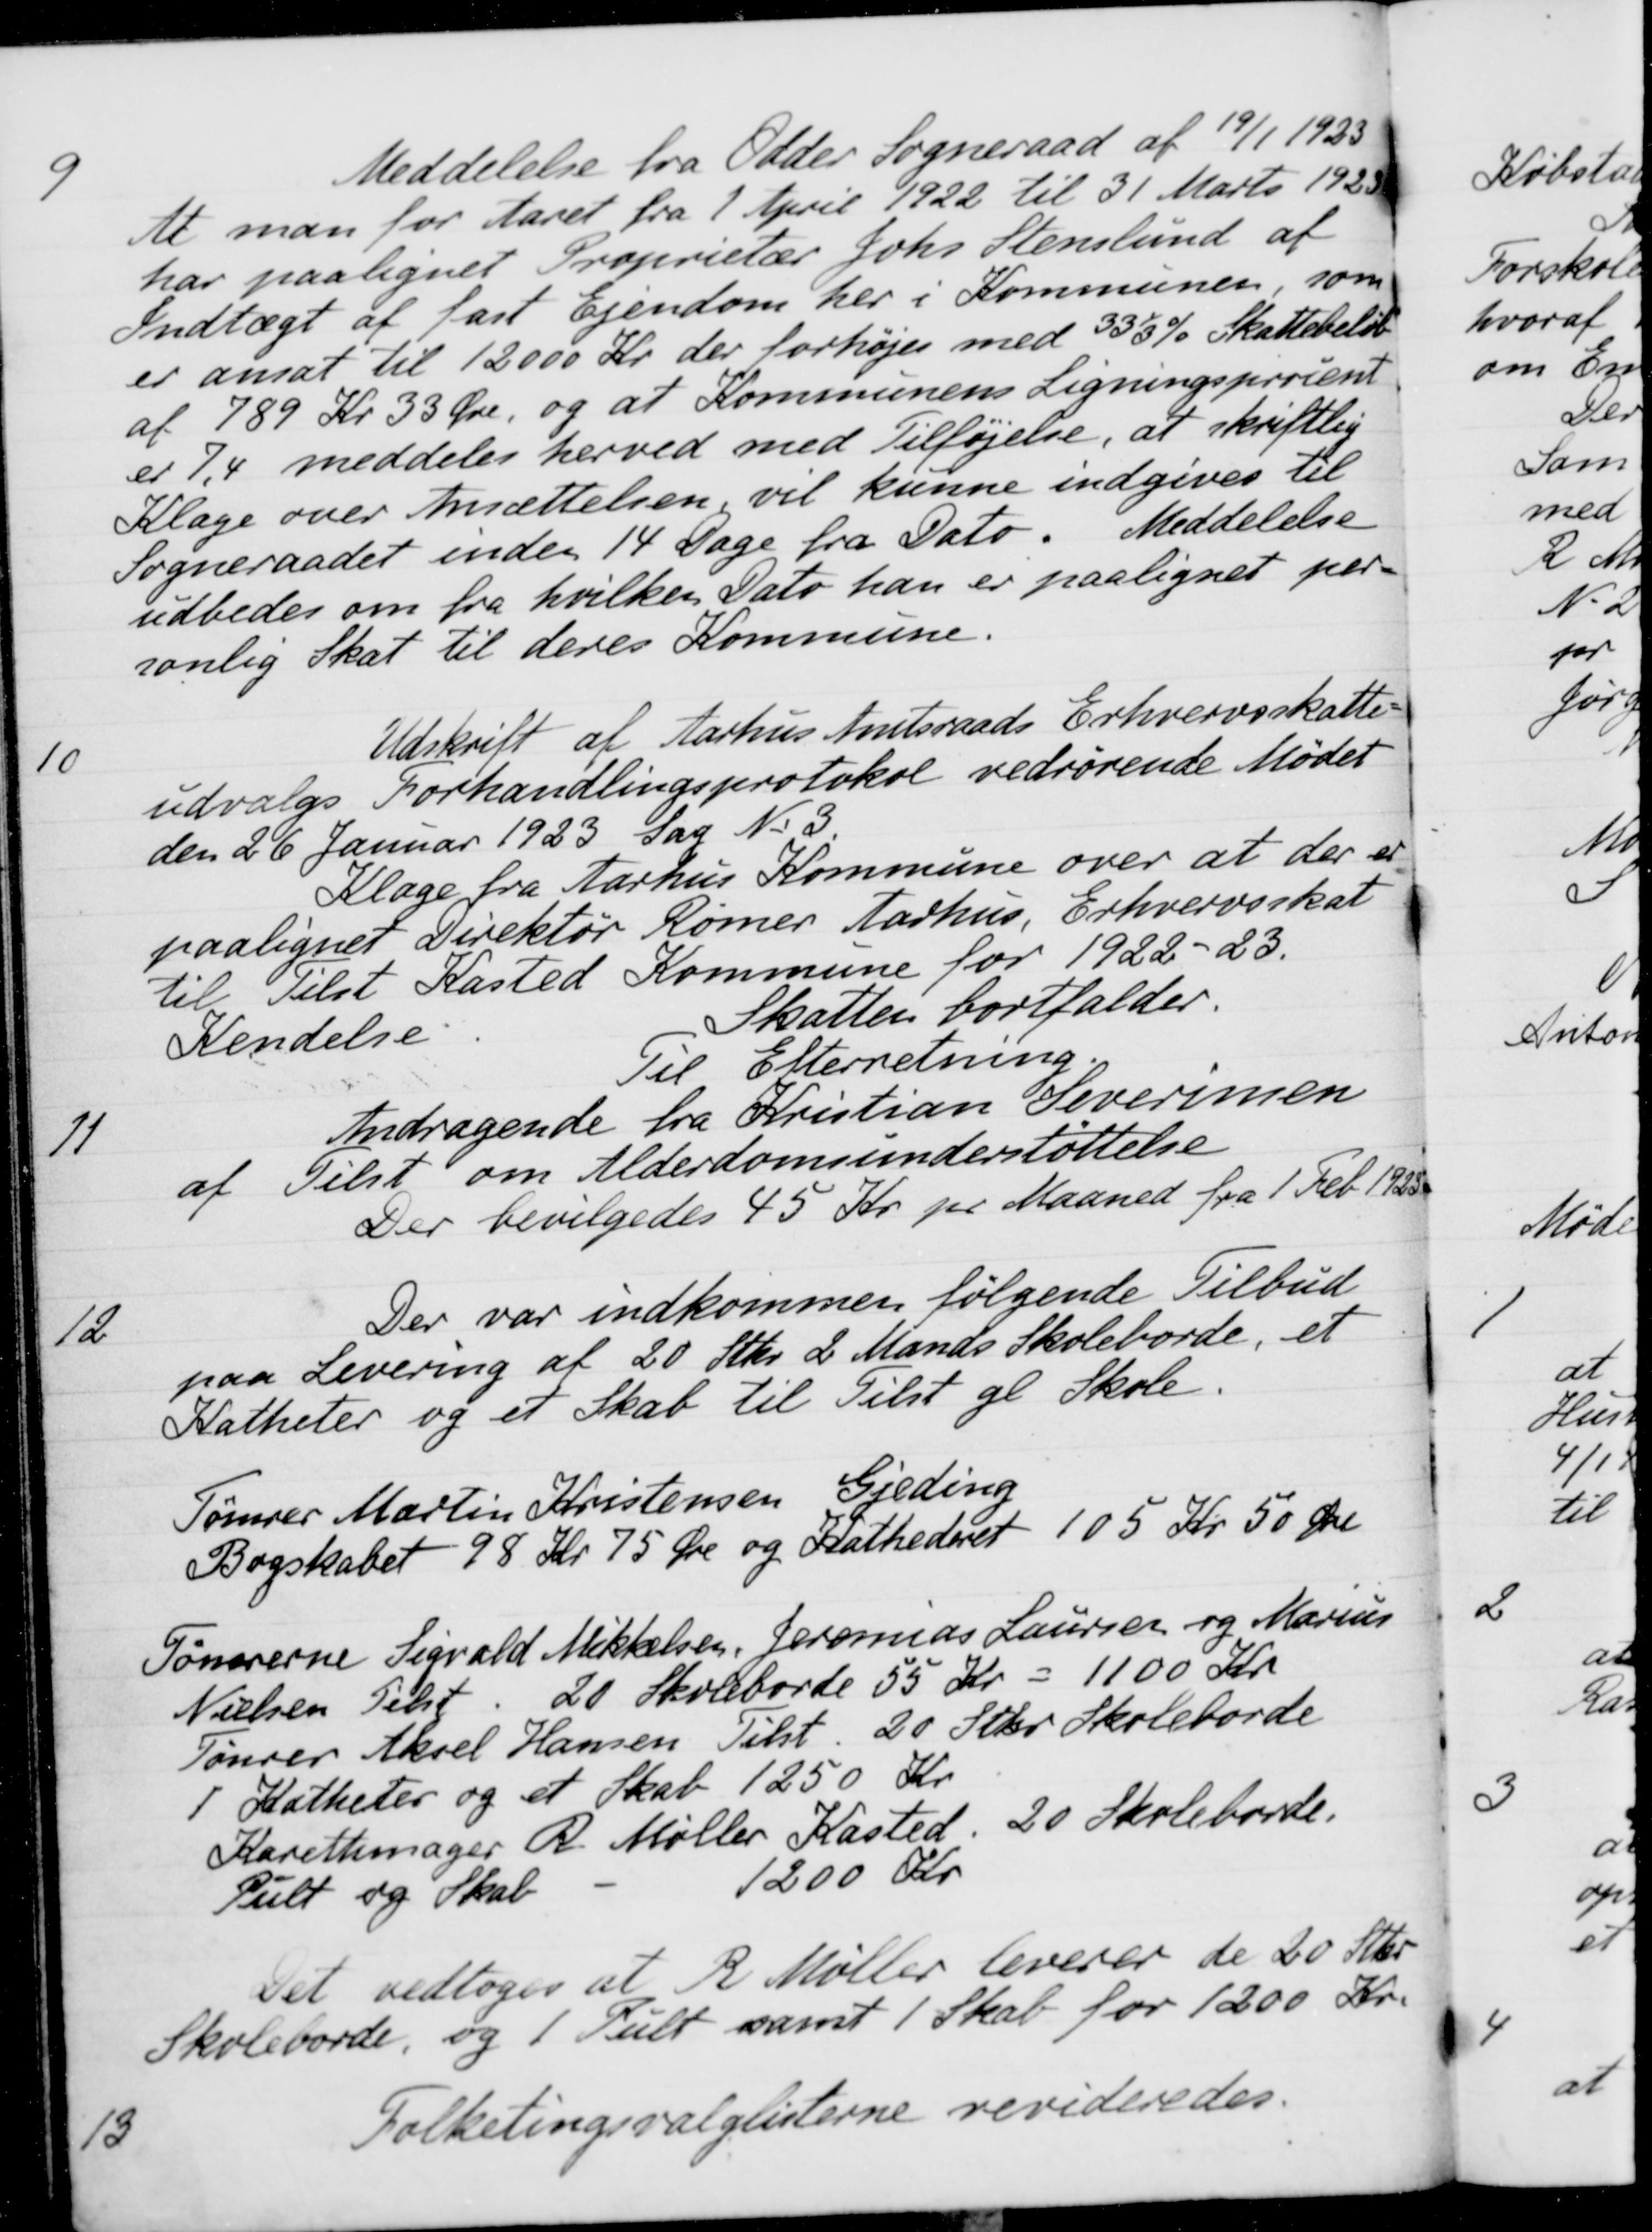
Transskription:
9
Meddelelse fra Odder Sogneraad af 19/1 1923
At man for Aaret fra 1 April 1922 til 31 Marts 1923
har paalignet Proprietær Johs. Stenslund af
Indtægt af fast Ejendom her i Kommunen, som
er ansat til 12000 Kr. der forhøjes med 33 1/3 % Skattebeløb
af 789 Kr 33 Øre, og at Kommunens Ligningsprocent
er 74 meddeles herved med Tilføjelse, at skriftlig
Klage over Ansættelsen, vil kunne indgives til
Sogneraadet inden 14 Dage fra Dato. Meddelelse
udbedes om fra hvilken Dato han er paalignet per-
sonlig Skat til deres Kommune.
10
Udskrift af Aarhus Amtsraads Erhvervsskatte-
udvalgs Forhandlingsprotokol vedrørende Mødet
den 26 Januar 1923 Sag No 3
Klage fra Aarhus Kommune over at der er
paalignet Direktør Rømer Aarhus, Erhvervsskat
til Telst Kasted Kommune for 1922-23.
Kendelse
Skatten bortfalder.
Til Efterretning.
11
Andragende fra Kristian Severinsen
af Tilst om Alderdomsunderstøttelse
Der bevilgedes 45 Kr. pr Maaned fra 1 Feb. 1923.
12
Der var indkommen følgende Tilbud
paa Levering af 20 Stkr. 2 Mands Skoleborde, et
Katheter og et Skab til Tilst gl Skole.
Tømrer Martin Kristensen, Gjeding
Bogskabet 98 Kr 75 Øre og Kathederet 105 Kr. 50 Øre
Tømrerne Sigvald Mikkelsen, Jeronias Laursen og Marius
Nielsen Tilst 20 Skoleborde 55 Kr = 1100 Kr
Tømrer Aksel Hansen Tilst. 20 Stkr. Skoleborde
1
Katheter og et Skab 1250 Kr.
Karethmager R. Møller Kasted. 20 Skoleborde.
Pult og Skat
1200 Kr
Det vedtoges at R Møller leverer de 20 Stkr.
Skoleborde, og 1 Pult samt 1 Skab for 1200 Kr.
13
Folketingsvalglisterne revideredes.